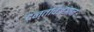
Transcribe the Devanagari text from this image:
दन्तविज्ञान